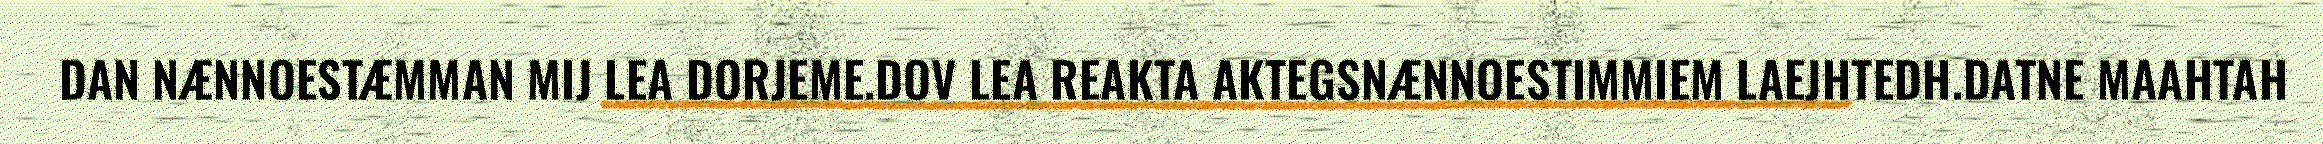
DAN NÆNNOESTÆMMAN MIJ LEA DORJEME.DOV LEA REAKTA AKTEGSNÆNNOESTIMMIEM LAEJHTEDH.DATNE MAAHTAH